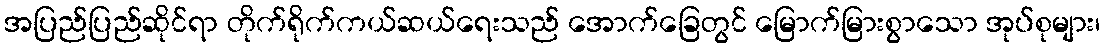
အပြည်ပြည်ဆိုင်ရာ တိုက်ရိုက်ကယ်ဆယ်ရေးသည် အောက်ခြေတွင် မြောက်မြားစွာသော အုပ်စုများ၊